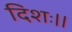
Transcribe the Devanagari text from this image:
दिशः।।